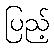
ပြည့်